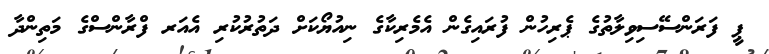
ޕީ ފަރަންސޭސިވިލާތުގެ ޕެރިހުން ފުރައިގެން އެމެރިކާގެ ނިއުޔޯކަށް ދަތުރުކުރި އެއަރ ފްރާންސްގެ މަތިންދާ